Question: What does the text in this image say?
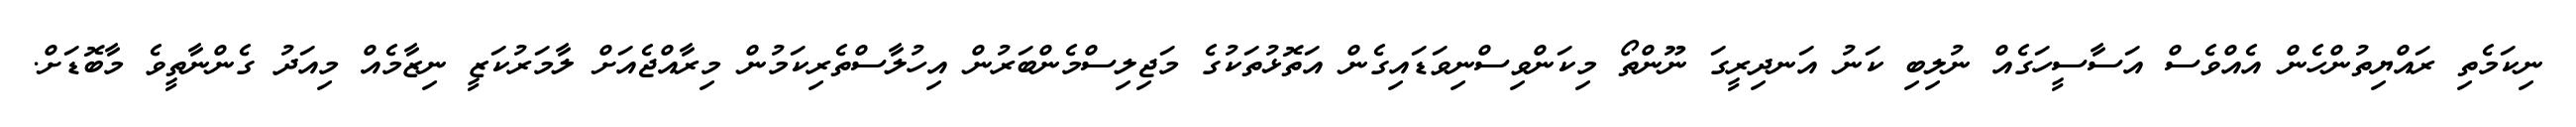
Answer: ނިކަމެތި ރައްޔިތުންހެން އެއްވެސް އަސާސީހަގެއް ނުލިބި ކަނު އަނދިރީގަ ނޫންތޯ މިކަންވިސްނިވަޑައިގެން އަތޮޅުތަކުގެ މަޖިލިސްމެންބަރުން އިހުލާސްތެރިކަމުން މިރާއްޖެއަށް ލާމަރުކަޒީ ނިޒާމެއް މިއަދު ގެންނާތީވެ މާބޮޑަށް.